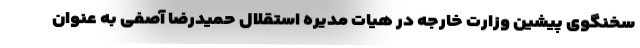
سخنگوی پیشین وزارت خارجه در هیات مدیره استقلال حمیدرضا آصفی به عنوان